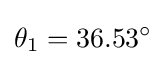
\theta _{1}=36.53^{\circ }